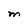
Character: M